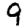
Digit: 9